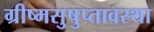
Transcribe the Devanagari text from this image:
ग्रीष्मसुषुप्तावस्था